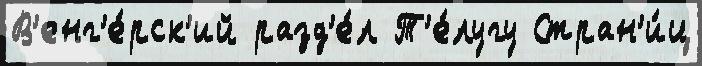
В'енг'е́рск'ий разд'е́л Т'е́лугу Стран'и́ц